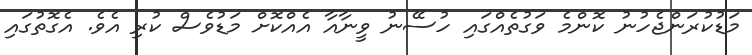
މަޑުކުރަންޖެހުނު ކޮންމެ ވަގުތެއްގައި ހުސޭނު ވީނާއާ އެއްކޮށް މަޑުވެސް ކުރި އެވެ. އެގޮތުގައި